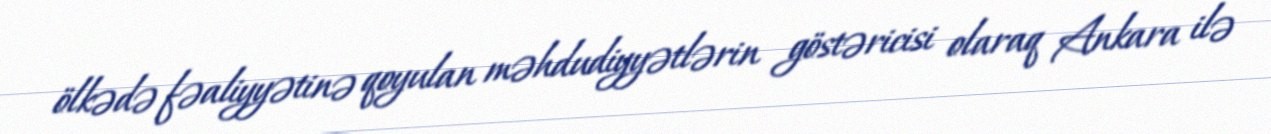
ölkədə fəaliyyətinə qoyulan məhdudiyyətlərin göstəricisi olaraq Ankara ilə